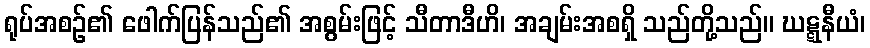
ရုပ်အစဉ်၏ ဖေါက်ပြန်သည်၏ အစွမ်းဖြင့် သီတာဒီဟိ၊ အချမ်းအစရှိ သည်တို့သည်။ ဃဋ္ဋနီယံ၊